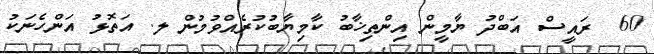
60  ރައީސް އަބްދު ޔާމީން އިންތިޚާބު ކާމިޔާބުކުރެއްވުމުން ލ. އަތޮޅު އަންހެނަކު